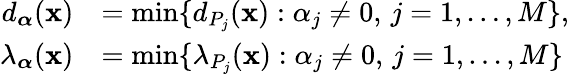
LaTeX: \begin{array}{rl}{d_{\boldsymbol{\alpha}}(\mathbf{x})}&{=\operatorname*{min}\{ d_{P_{j}}(\mathbf{x}):\alpha_{j}\ne 0,\, j=1,\dots,M\} ,}\\ {\lambda_{\boldsymbol{\alpha}}(\mathbf{x})}&{=\operatorname*{min}\{ \lambda_{P_{j}}(\mathbf{x}):\alpha_{j}\ne 0,\, j=1,\dots,M\} }\end{array}